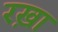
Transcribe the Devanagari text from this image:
रख़ा